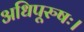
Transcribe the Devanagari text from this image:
अधिपूरुषः।